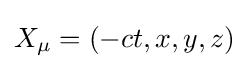
X_{\mu }=(-ct,x,y,z)